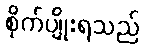
စိုက်ပျိုးရသည်